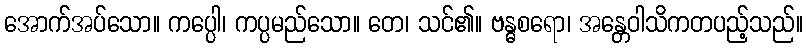
အောက်အပ်သော။ ကပ္ပေါ၊ ကပ္ပမည်သော။ တေ၊ သင်၏။ ဗန္ဓစရော၊ အန္တေဝါသိကတပည့်သည်။